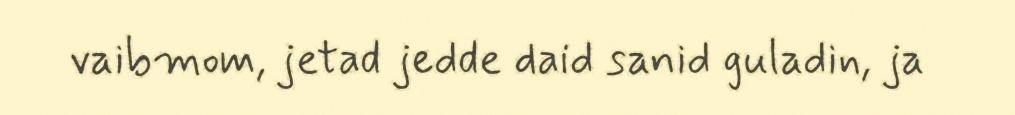
vaibmom, jetad jedde daid sanid guladin, ja